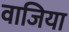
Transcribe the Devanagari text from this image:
वाजिया